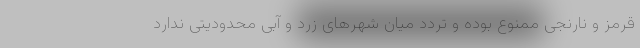
قرمز و نارنجی ممنوع بوده و تردد میان شهرهای زرد و آبی محدودیتی ندارد